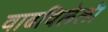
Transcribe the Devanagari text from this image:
वाढविलेली